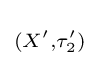
\scriptstyle (X',\tau _{2}')